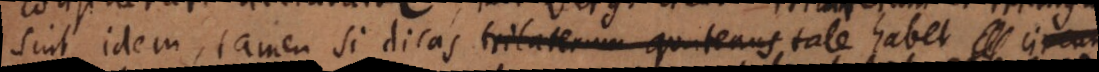
sint idem, tamen si dicas trilaterum quatenus tale habet circum